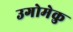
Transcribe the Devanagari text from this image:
उगोमेकु